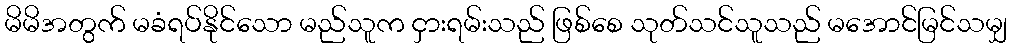
မိမိအတွက် မခံရပ်နိုင်သော မည်သူက ငှားရမ်းသည် ဖြစ်စေ သုတ်သင်သူသည် မအောင်မြင်သမျှ